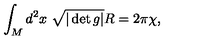
\int _ { M } d ^ { 2 } x \ \sqrt { | \det g | } R = 2 \pi \chi ,